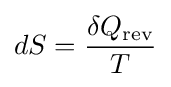
dS={\frac {\delta Q_{\text{rev}}}{T}}